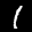
Label: 1